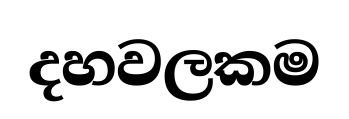
දහවලකම